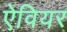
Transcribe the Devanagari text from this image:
ऐवियर